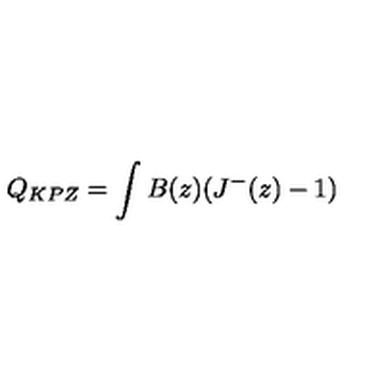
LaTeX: Q _ { K P Z } = \int B ( z ) ( J ^ { - } ( z ) - 1 )